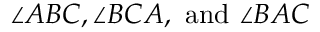
\angle A B C , \angle B C A , { \mathrm { ~ a n d ~ } } \angle B A C